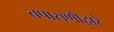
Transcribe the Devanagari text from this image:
तपासणीद्वारे